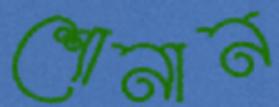
শোনান